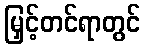
မြှင့်တင်ရာတွင်